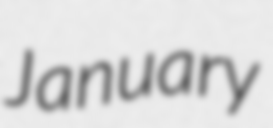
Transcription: January